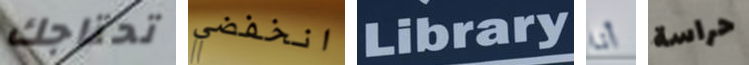
تحتاجك انخفضي Library أنا حراسة